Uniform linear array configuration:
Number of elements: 24
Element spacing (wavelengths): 0.75
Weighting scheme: cosine
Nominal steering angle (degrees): -60
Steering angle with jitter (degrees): -58.283
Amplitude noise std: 0.05
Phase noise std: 0.05

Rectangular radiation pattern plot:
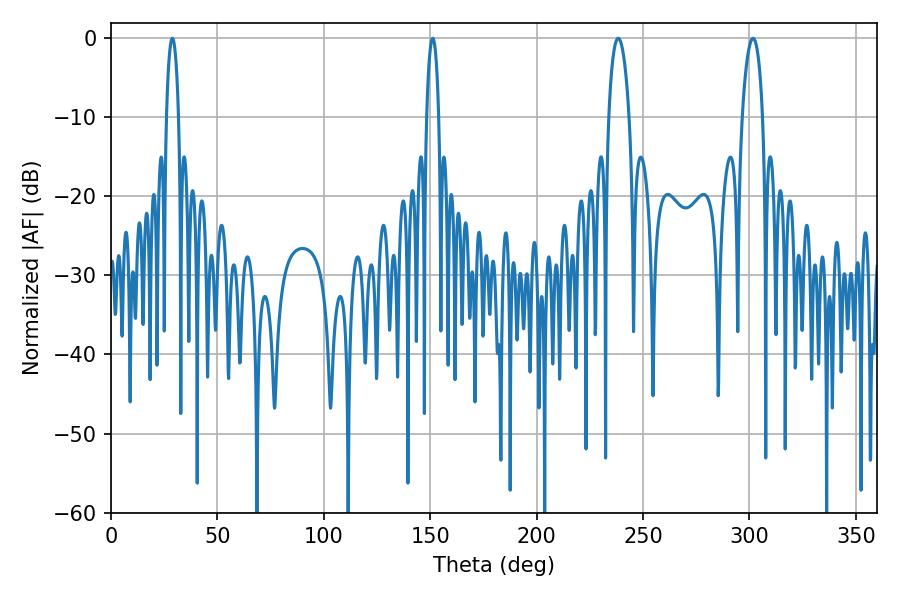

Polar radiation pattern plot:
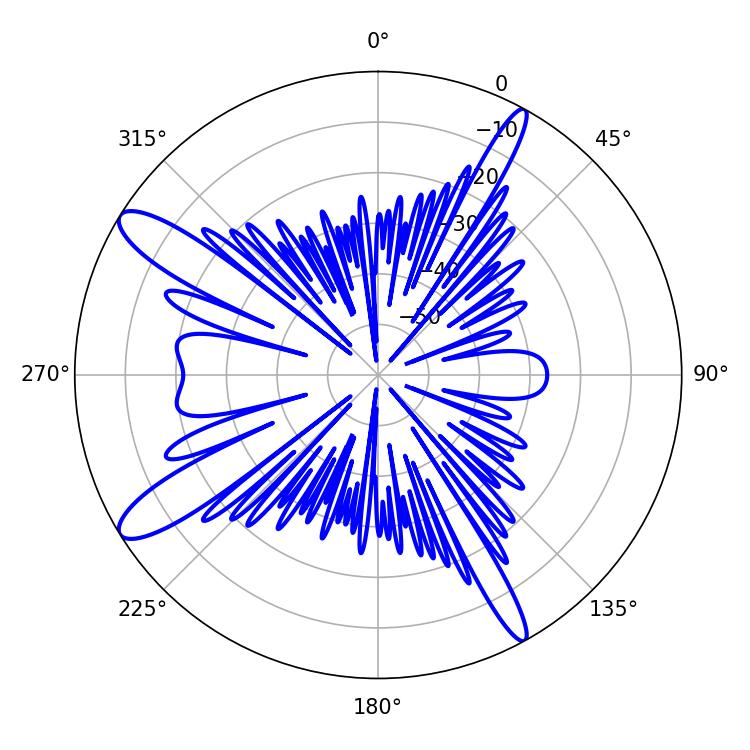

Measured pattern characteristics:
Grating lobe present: TRUE
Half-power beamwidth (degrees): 5.4
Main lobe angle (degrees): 238.32